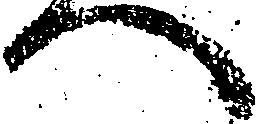
へ